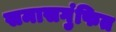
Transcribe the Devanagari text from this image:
समासगुंफित